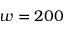
w = 2 0 0